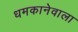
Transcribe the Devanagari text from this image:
धमकानेवाला